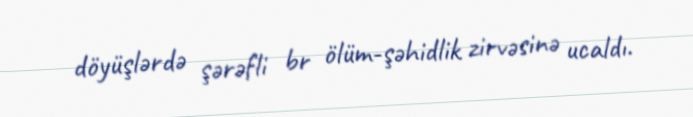
döyüşlərdə şərəfli br ölüm-şəhidlik zirvəsinə ucaldı.